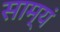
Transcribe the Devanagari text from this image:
साम्यं